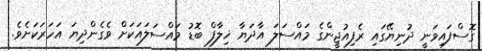
ގޮސްފައިވަނީ ދުނިޔޭގައި ރެފިއުޖީންގެ މައްސަލަ އާދަޔާ ޚިލާފް ބޮޑު މައްސަލައަކަށް ވެގެންދިޔަ އަހަރަކަށެވެ.